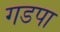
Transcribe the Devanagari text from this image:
गडपा